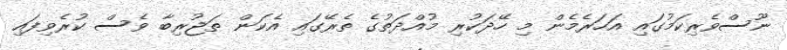
ނޫސްވެރިކަމުގައި އަހަރެމެން މި ހޭދަކުރި މުއްދަތުގެ ތެރޭގައި އެކަން ތަޖުރިބާ ވެސް ކުރެވިފައި